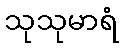
သုသုမာရံ